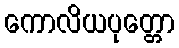
ကောလိယပုတ္တော